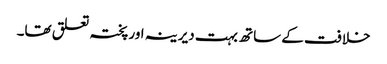
خلافت کے ساتھ بہت دیرینہ اور پختہ تعلق تھا۔